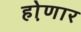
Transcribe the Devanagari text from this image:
हो़णार